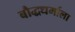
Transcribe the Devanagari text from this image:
बौद्धधर्माला